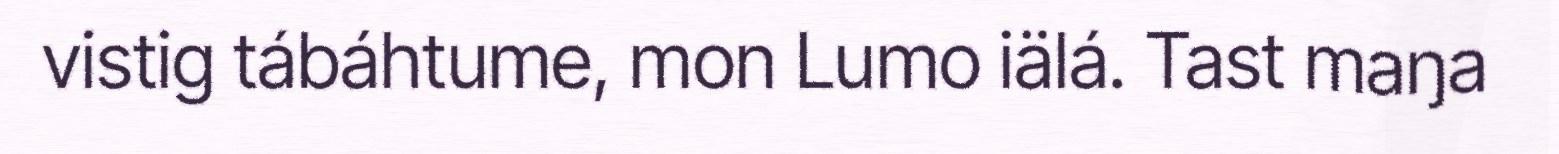
vistig tábáhtume, mon Lumo iälá. Tast maŋa